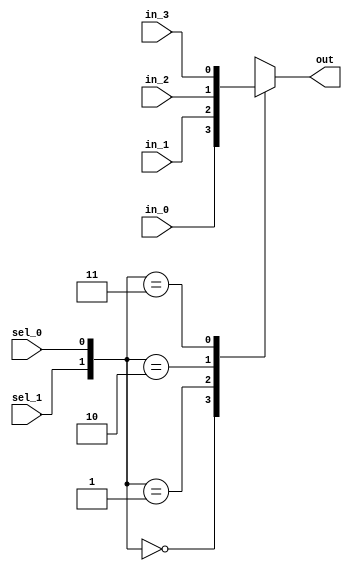
module mux_4to1 (
    input wire sel_1,
    input wire sel_0,
    input wire in_0,
    input wire in_1,
    input wire in_2,
    input wire in_3,
    output reg out
);

  always @*
    case ({sel_1, sel_0})
        2'b00: out = in_0;
        2'b01: out = in_1;
        2'b10: out = in_2;
        2'b11: out = in_3;
    endcase

endmodule